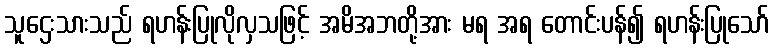
သူဌေးသားသည် ရဟန်းပြုလိုလှသဖြင့် အမိအဘတို့အား မရ အရ တောင်းပန်၍ ရဟန်းပြုသော်